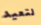
لتعيد